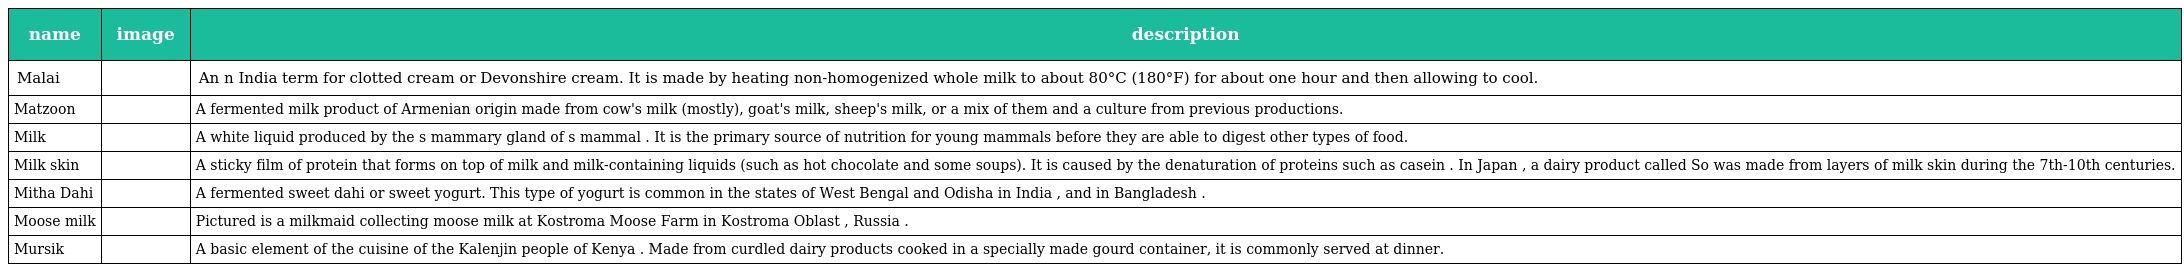
| name | image | description |
 | --- | --- | --- |
 | Malai |  | An n India term for clotted cream or Devonshire cream. It is made by heating non-homogenized whole milk to about 80°C (180°F) for about one hour and then allowing to cool. |
 | Matzoon |  | A fermented milk product of Armenian origin made from cow's milk (mostly), goat's milk, sheep's milk, or a mix of them and a culture from previous productions. |
 | Milk |  | A white liquid produced by the s mammary gland of s mammal . It is the primary source of nutrition for young mammals before they are able to digest other types of food. |
 | Milk skin |  | A sticky film of protein that forms on top of milk and milk-containing liquids (such as hot chocolate and some soups). It is caused by the denaturation of proteins such as casein . In Japan , a dairy product called So was made from layers of milk skin during the 7th-10th centuries. |
 | Mitha Dahi |  | A fermented sweet dahi or sweet yogurt. This type of yogurt is common in the states of West Bengal and Odisha in India , and in Bangladesh . |
 | Moose milk |  | Pictured is a milkmaid collecting moose milk at Kostroma Moose Farm in Kostroma Oblast , Russia . |
 | Mursik |  | A basic element of the cuisine of the Kalenjin people of Kenya . Made from curdled dairy products cooked in a specially made gourd container, it is commonly served at dinner. |